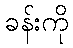
ခန်းကို